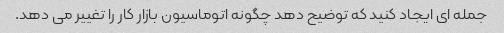
جمله ای ایجاد کنید که توضیح دهد چگونه اتوماسیون بازار کار را تغییر می دهد.